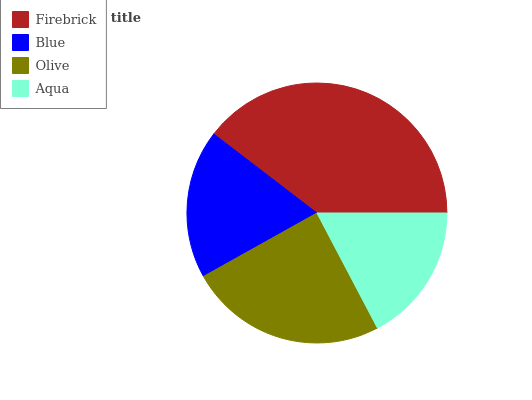
| Firebrick | Blue | Olive | Aqua |
 | --- | --- | --- | --- |
 | 39.6% | 18.4% | 24.6% | 17.3% |